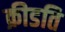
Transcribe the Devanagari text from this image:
क्रीडति